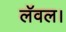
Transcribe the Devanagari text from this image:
लॅवल।